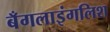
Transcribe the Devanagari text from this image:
बँगलाइंगलिश